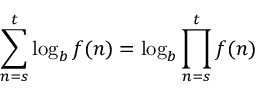
\sum _ { n = s } ^ { t } \log _ { b } f ( n ) = \log _ { b } \prod _ { n = s } ^ { t } f ( n ) \quad